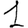
Digit: 1